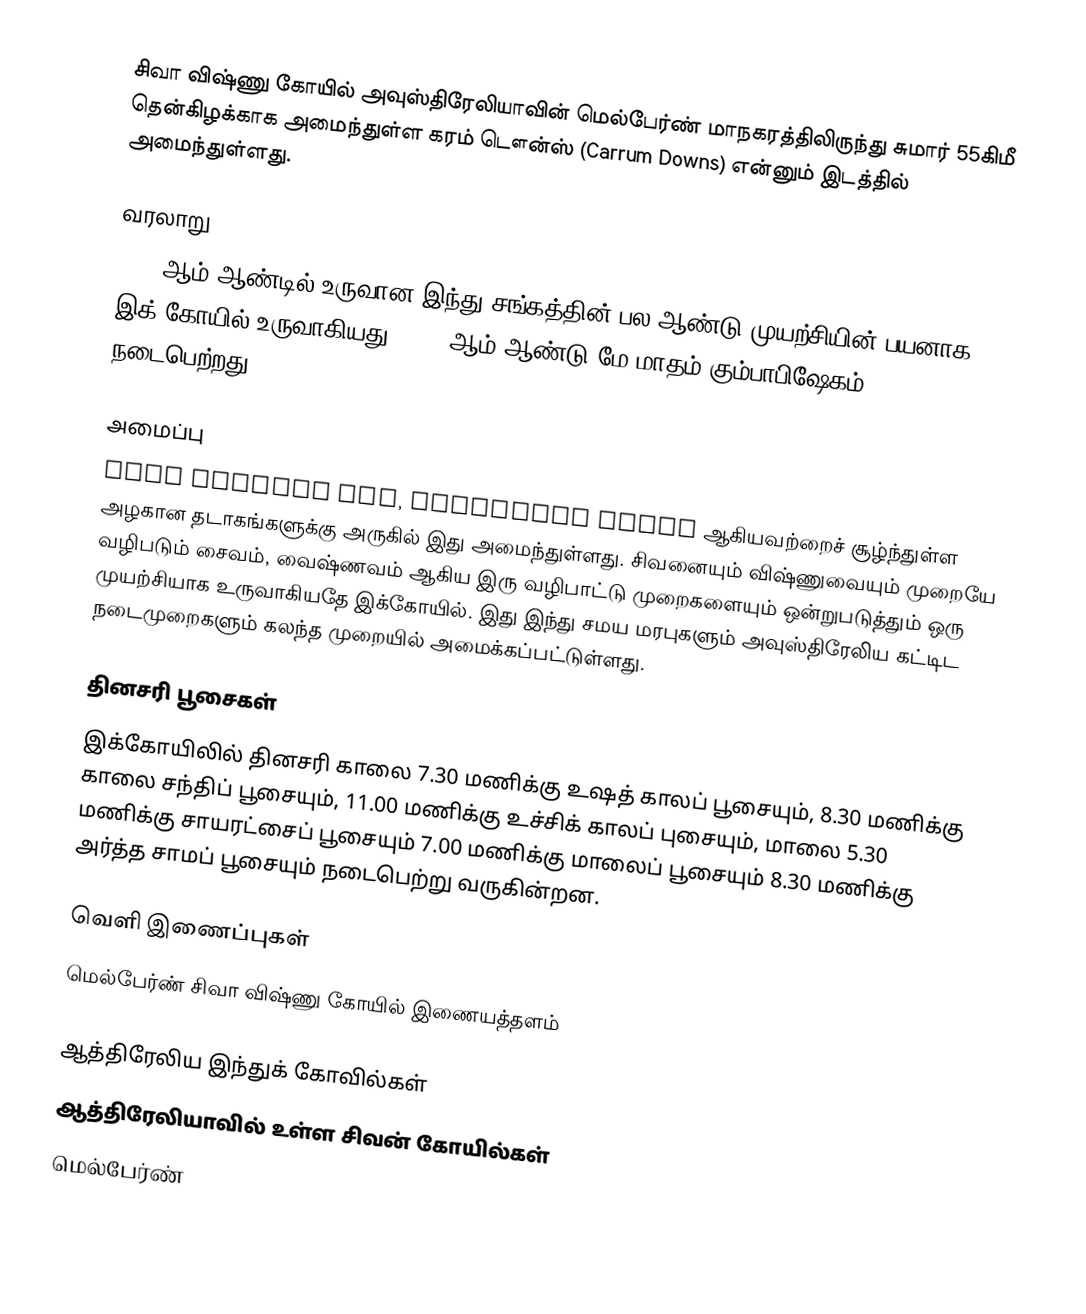
சிவா விஷ்ணு கோயில் அவுஸ்திரேலியாவின் மெல்பேர்ண் மாநகரத்திலிருந்து சுமார் 55கிமீ தென்கிழக்காக அமைந்துள்ள கரம் டௌன்ஸ் (Carrum Downs) என்னும் இடத்தில் அமைந்துள்ளது.

வரலாறு
1982 ஆம் ஆண்டில் உருவான இந்து சங்கத்தின் பல ஆண்டு முயற்சியின் பயனாக இக் கோயில் உருவாகியது. 1994 ஆம் ஆண்டு மே மாதம் கும்பாபிஷேகம் நடைபெற்றது.

அமைப்பு
Port Phillip Bay, Patterson River ஆகியவற்றைச் சூழ்ந்துள்ள அழகான தடாகங்களுக்கு அருகில் இது அமைந்துள்ளது. சிவனையும் விஷ்ணுவையும் முறையே வழிபடும் சைவம், வைஷ்ணவம் ஆகிய இரு வழிபாட்டு முறைகளையும் ஒன்றுபடுத்தும் ஒரு முயற்சியாக உருவாகியதே இக்கோயில். இது இந்து சமய மரபுகளும் அவுஸ்திரேலிய கட்டிட நடைமுறைகளும் கலந்த முறையில் அமைக்கப்பட்டுள்ளது.

தினசரி பூசைகள்
இக்கோயிலில் தினசரி காலை 7.30 மணிக்கு உஷத் காலப் பூசையும், 8.30 மணிக்கு காலை சந்திப் பூசையும், 11.00 மணிக்கு உச்சிக் காலப் புசையும், மாலை 5.30 மணிக்கு சாயரட்சைப் பூசையும் 7.00 மணிக்கு மாலைப் பூசையும் 8.30 மணிக்கு அர்த்த சாமப் பூசையும் நடைபெற்று வருகின்றன.

வெளி இணைப்புகள்
மெல்பேர்ண் சிவா விஷ்ணு கோயில் இணையத்தளம்

ஆத்திரேலிய இந்துக் கோவில்கள்
ஆத்திரேலியாவில் உள்ள சிவன் கோயில்கள்
மெல்பேர்ண்